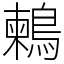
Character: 鶫